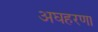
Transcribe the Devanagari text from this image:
अघहरणा